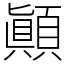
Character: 顚